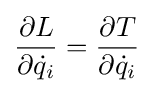
{\frac {\partial L}{\partial {\dot {q}}_{i}}}={\frac {\partial T}{\partial {\dot {q}}_{i}}}